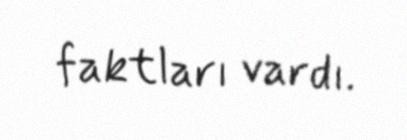
faktları vardı.